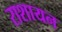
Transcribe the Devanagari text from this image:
राशायन